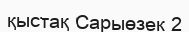
қыстақ Сарыөзек 2